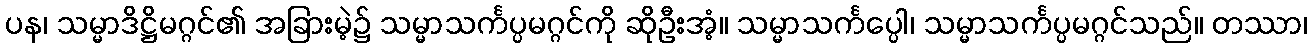
ပန၊ သမ္မာဒိဋ္ဌိမဂ္ဂင်၏ အခြားမဲ့၌ သမ္မာသင်္ကပ္ပမဂ္ဂင်ကို ဆိုဦးအံ့။ သမ္မာသင်္ကပ္ပေါ၊ သမ္မာသင်္ကပ္ပမဂ္ဂင်သည်။ တဿာ၊